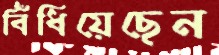
বিঁধিয়েছেন